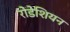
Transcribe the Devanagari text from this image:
रोडेशियन